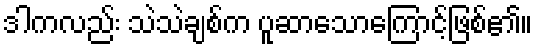
ဒါကလည်း သဲသဲချစ်က ပူဆာသောကြောင့်ဖြစ်၏။